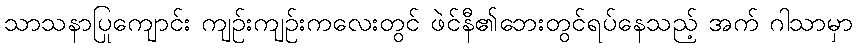
သာသနာပြုကျောင်း ကျဉ်းကျဉ်းကလေးတွင် ဖဲင်နီ၏ဘေးတွင်ရပ်နေသည့် အက် ဂါသာမှာ